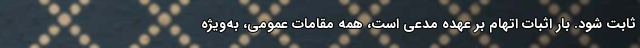
ثابت شود. بار اثبات اتهام بر عهده مدعی است، همه مقامات عمومی، به‌ویژه